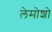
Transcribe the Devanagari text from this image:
लेमोशो